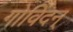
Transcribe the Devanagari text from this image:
गोविंदन्